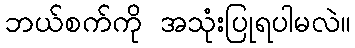
ဘယ်စက်ကို အသုံးပြုရပါမလဲ။